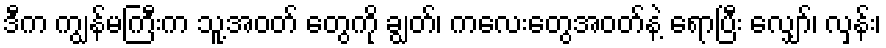
ဒီက ကျွန်မကြီးက သူ့အဝတ် တွေကို ချွတ်၊ ကလေးတွေအဝတ်နဲ့ ရောပြီး လျှော်၊ လှန်း၊